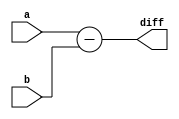
module SUB #(parameter WIDTH = 2)(a, b, diff);
	input [WIDTH-1:0] a, b;
	output reg [WIDTH-1:0] diff; 
	
	always @(a, b) begin
		diff <= a - b;
	end
endmodule

// SUB needs to be tested